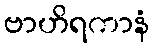
ဗာဟိရကာနံ